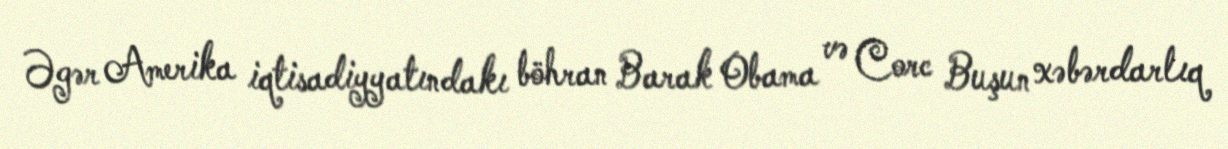
Əgər Amerika iqtisadiyyatındakı böhran Barak Obama və Corc Buşun xəbərdarlıq